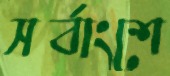
সর্বাংশে